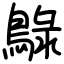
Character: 鵦